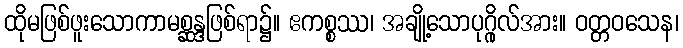
ထိုမဖြစ်ဖူးသောကာမစ္ဆန္ဒဖြစ်ရာ၌။ ဧကစ္စဿ၊ အချို့သောပုဂ္ဂိုလ်အား။ ဝတ္တဝသေန၊